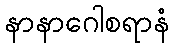
နာနာဂေါစရာနံ